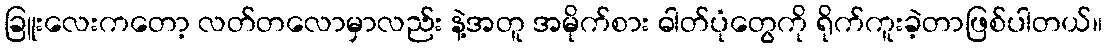
ခြူးလေးကတော့ လတ်တလောမှာလည်း နဲ့အတူ အမိုက်စား ဓါတ်ပုံတွေကို ရိုက်ကူးခဲ့တာဖြစ်ပါတယ်။